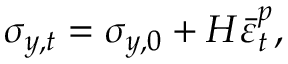
\sigma _ { y , t } = \sigma _ { y , 0 } + H \bar { \varepsilon } _ { t } ^ { p } ,